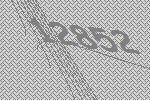
12852